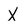
Character: X